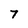
Character: 7